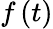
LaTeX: f\left(t\right)